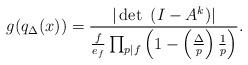
LaTeX: \begin{align*}g(q_{\Delta}(x))={|\det~(I-A^k)| \over {f \over e_f}\prod_{p|f}\left(1-\left({\Delta\over p}\right){1\over p}\right)}.\end{align*}